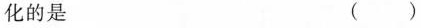
化的是()